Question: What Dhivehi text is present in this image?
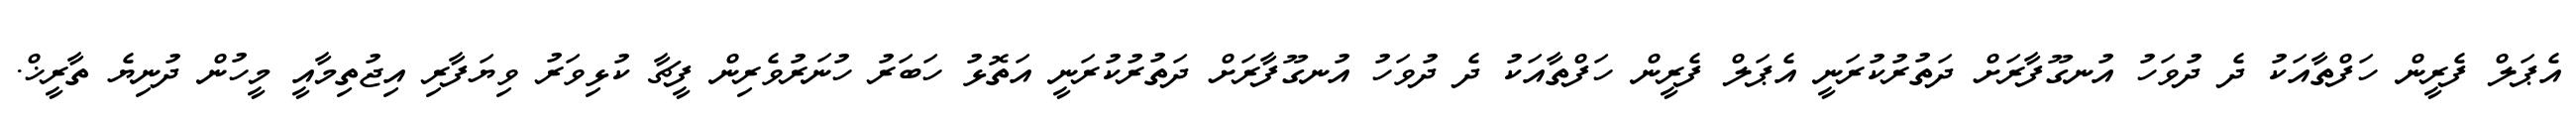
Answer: އެޕަލް ފެރީން ހަފްތާއަކު ދެ ދުވަހު އުނގޫފާރަށް ދަތުރުކުރަނީ އެޕަލް ފެރީން ހަފްތާއަކު ދެ ދުވަހު އުނގޫފާރަށް ދަތުރުކުރަނީ އަތޮޅު ހަބަރު ހުނަރުވެރިން ފީޗާ ކުޅިވަރު ވިޔަފާރި އިޖުތިމާއީ މީހުން ދުނިޔެ ތާރީޚް.